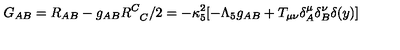
G _ { A B } = R _ { A B } - g _ { A B } R _ { \phantom { C } C } ^ { C } / 2 = - \kappa _ { 5 } ^ { 2 } [ - \Lambda _ { 5 } g _ { A B } + T _ { \mu \nu } \delta _ { A } ^ { \mu } \delta _ { B } ^ { \nu } \delta ( y ) ]